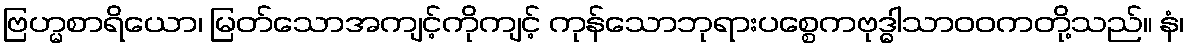
ဗြဟ္မစာရိယော၊ မြတ်သောအကျင့်ကိုကျင့် ကုန်သောဘုရားပစ္စေကဗုဒ္ဓါသာဝဝကတို့သည်။ နံ၊